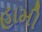
હામી